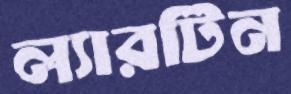
ল্যারটিন